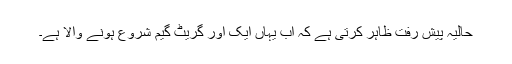
حالیہ پیش رفت ظاہر کرتی ہے کہ اب یہاں ایک اور گریٹ گیم شروع ہونے والا ہے۔